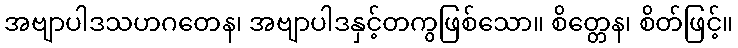
အဗျာပါဒသဟဂတေန၊ အဗျာပါဒနှင့်တကွဖြစ်သော။ စိတ္တေန၊ စိတ်ဖြင့်။